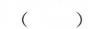
( )